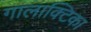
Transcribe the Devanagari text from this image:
गालाक्टिका